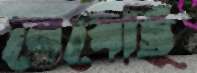
নেবেছি